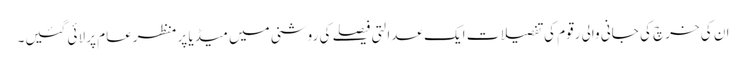
ان کی خرچ کی جانی والی رقوم کی تفصیلات ایک عدالتی فیصلے کی روشنی میں میڈیا پر منظرعام پر لائی گئیں۔